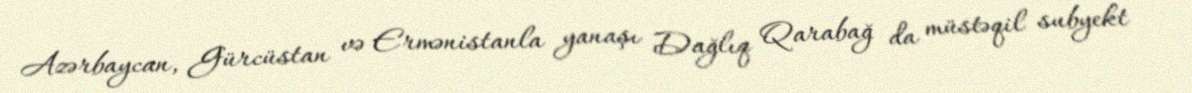
Azərbaycan, Gürcüstan və Ermənistanla yanaşı Dağlıq Qarabağ da müstəqil subyekt